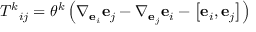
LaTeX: { T ^ { k } } _ { i j } = \theta ^ { k } \left( \nabla _ { \mathbf { e } _ { i } } \mathbf { e } _ { j } - \nabla _ { \mathbf { e } _ { j } } \mathbf { e } _ { i } - \left[ \mathbf { e } _ { i } , \mathbf { e } _ { j } \right] \right)